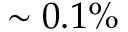
\sim 0 . 1 \%